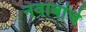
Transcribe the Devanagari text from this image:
नवाबांचे